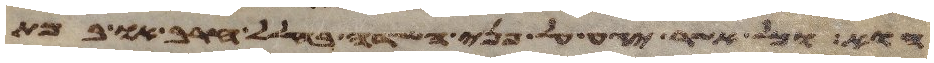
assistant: הוא וכל אשר יגע על פני השדה בחלל חרב או במת